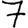
Digit: 7